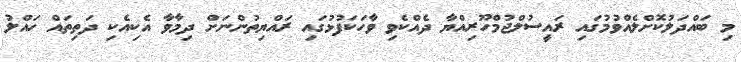
މި ބައްދަލުކޮށްލެއްވުމުގައި ރައީސުލްޖުމްހޫރިއްޔާ ދެއްކެވި ވާހަކަފުޅުގައި ރައްޔިތުންނަށް ދިމާވާ އެކިއެކި ދަތިތައް ހައްލު